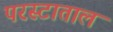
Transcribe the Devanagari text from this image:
परस्टाताल